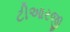
ટીઆરજી